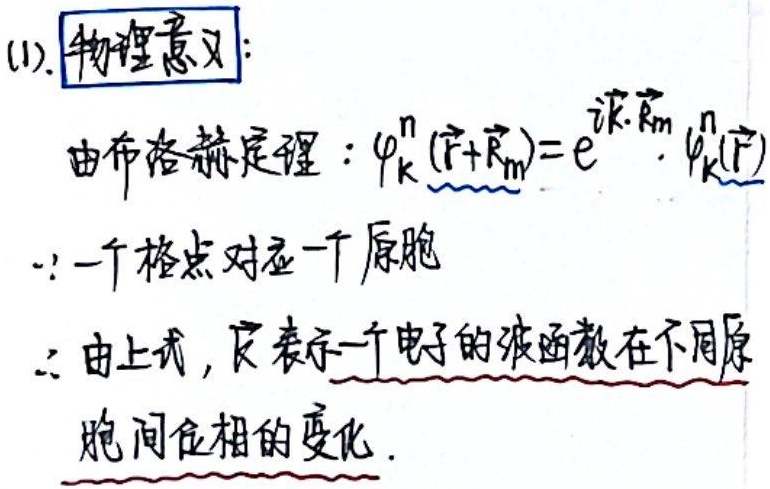
(1). **物理意义**：由布洛赫定理：\(\varphi_{\vec{k}}^{n}(\vec{r} + \vec{R}_m)=e^{i\vec{k}\cdot\vec{R}_m}\cdot\varphi_{\vec{k}}^{n}(\vec{r})\)。
\(\because\) 一个格点对应一个原胞 \(\therefore\) 由上式，\(\vec{k}\) 表示一个电子的波函数在不同原胞间位相的变化。